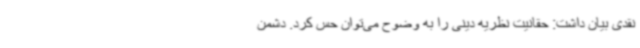
نقدی بیان داشت: حقانیت نظریه دینی را به وضوح می‌توان حس کرد. دشمن